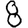
Digit: 8